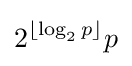
2^{\lfloor \log _{2}p\rfloor }p